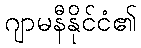
ဂျာမနီနိုင်ငံ၏